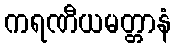
ကရဏီယမတ္တာနံ